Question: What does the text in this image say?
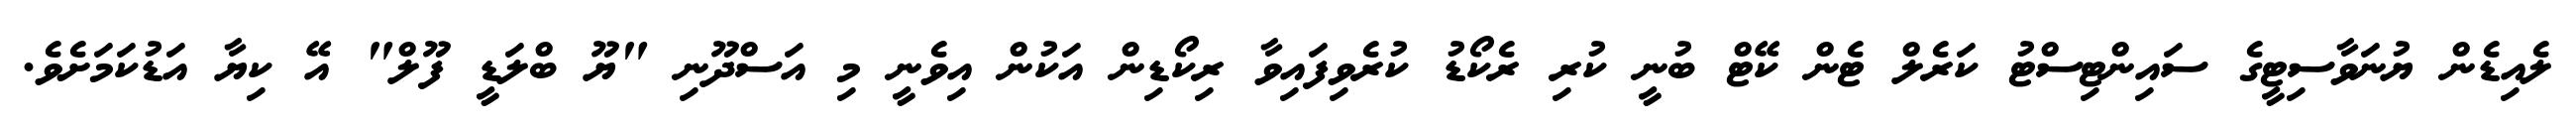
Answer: ލެއިޑެން ޔުނަވާސިޓީގެ ސައިންޓިސްޓު ކަރެލް ޓެން ކޭޓް ބުނީ ކުރި ރެކޯޑު ކުރެވިފައިވާ ރިކޯޑިން އަކުން އިވެނީ މި އަސްދޫނި "ޔޫ ބްލަޑީ ފޫލް" އޭ ކިޔާ އަޑުކަމަށެވެ.